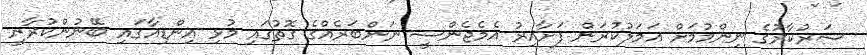
ސަރުކާރުގެ ނިންމުމަށް އަމަލުކުރަން ފަށާއިރު އެމެޖެންސީ ނަންބަރެއްގެ ގޮތުގައި މުޅި އިންޑިއާގައި ބޭނުންކުރާނީ